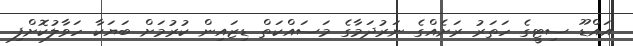
އައްޑޫ ސިޓީގެ ހަތަރު ރަށެއްގެ ނަރުދަމާގެ މަސައްކަތް ޑިޒައިން ކުރުމަށް ބަޔަކާ ހަވާލުކޮށްފި